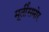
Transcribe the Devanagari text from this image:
मूर्तींसमोर